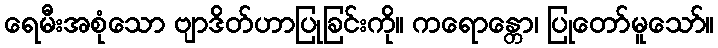
ရေမီးအစုံသော ဗျာဒိတ်ဟာပြုခြင်းကို။ ကရောန္တော၊ ပြုတော်မူသော်။